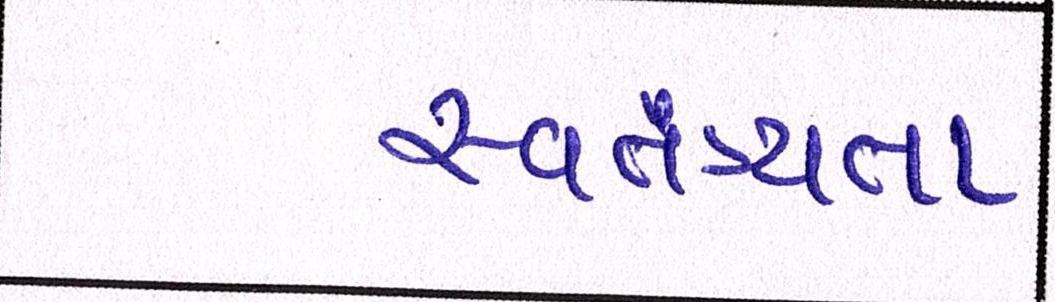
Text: સ્વતંત્ર્યતા